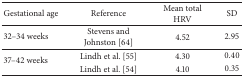
| Gestational age | Reference | Mean total HRV | SD |
 | --- | --- | --- | --- |
 | 32–34 weeks | Stevens and Johnston [64] | 4.52 | 2.95 |
 | <ROWSPAN=2> 37–42 weeks | Lindh et al. [55] | 4.30 | 0.40 |
 | Lindh et al. [54] | 4.10 | 0.35 |